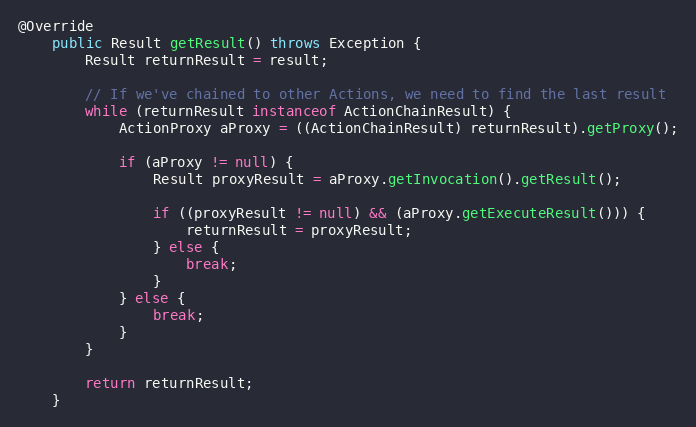
Language: Java
@Override
	public Result getResult() throws Exception {
		Result returnResult = result;

		// If we've chained to other Actions, we need to find the last result
		while (returnResult instanceof ActionChainResult) {
			ActionProxy aProxy = ((ActionChainResult) returnResult).getProxy();

			if (aProxy != null) {
				Result proxyResult = aProxy.getInvocation().getResult();

				if ((proxyResult != null) && (aProxy.getExecuteResult())) {
					returnResult = proxyResult;
				} else {
					break;
				}
			} else {
				break;
			}
		}

		return returnResult;
	}